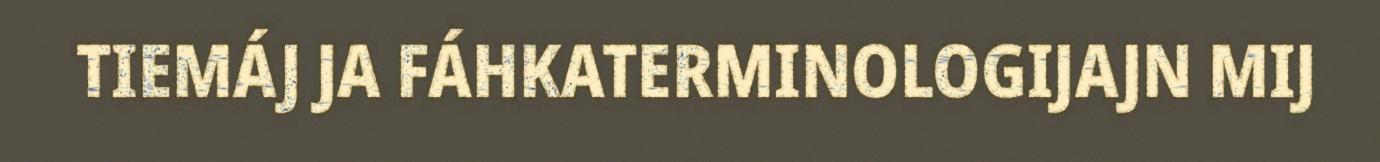
TIEMÁJ JA FÁHKATERMINOLOGIJAJN MIJ